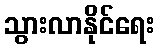
သွားလာနိုင်ရေး